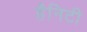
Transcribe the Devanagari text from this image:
हैनिटी